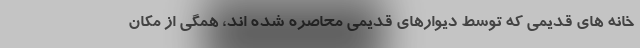
خانه های قديمی كه توسط ديوارهای قديمی محاصره شده اند، همگی از مکان